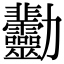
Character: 𠣋